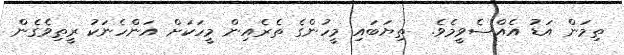
ތިމަން އަޑު އެއްސެވީމެވެ.  ތިޔަބައި މީހުންގެ ތެރެއިން މީހަކަށް އަންހެނަކު ރީތިވެގެން